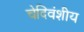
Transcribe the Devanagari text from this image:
चेदिवंशीय